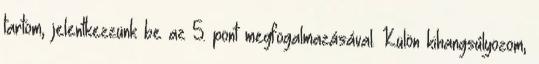
tartom, jelentkezzünk be az 5. pont megfogalmazásával. Külön kihangsúlyozom,